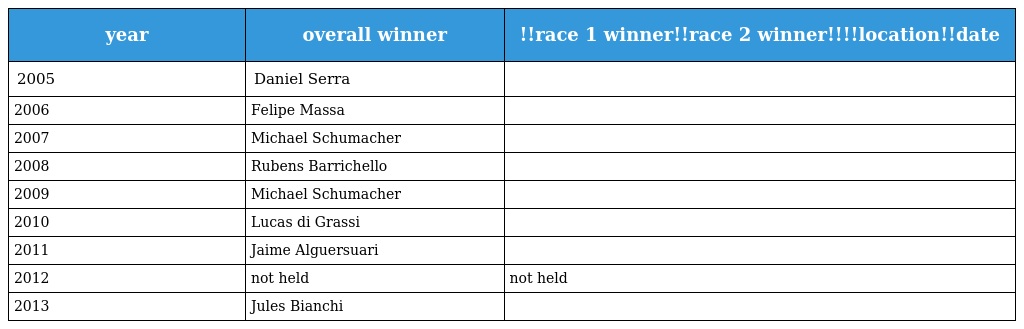
| year | overall winner | !!race 1 winner!!race 2 winner!!!!location!!date |
 | --- | --- | --- |
 | 2005 | Daniel Serra |  |
 | 2006 | Felipe Massa |  |
 | 2007 | Michael Schumacher |  |
 | 2008 | Rubens Barrichello |  |
 | 2009 | Michael Schumacher |  |
 | 2010 | Lucas di Grassi |  |
 | 2011 | Jaime Alguersuari |  |
 | 2012 | not held | not held |
 | 2013 | Jules Bianchi |  |